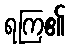
ရကြ၏